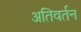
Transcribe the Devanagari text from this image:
अतिवर्तन